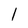
Character: l